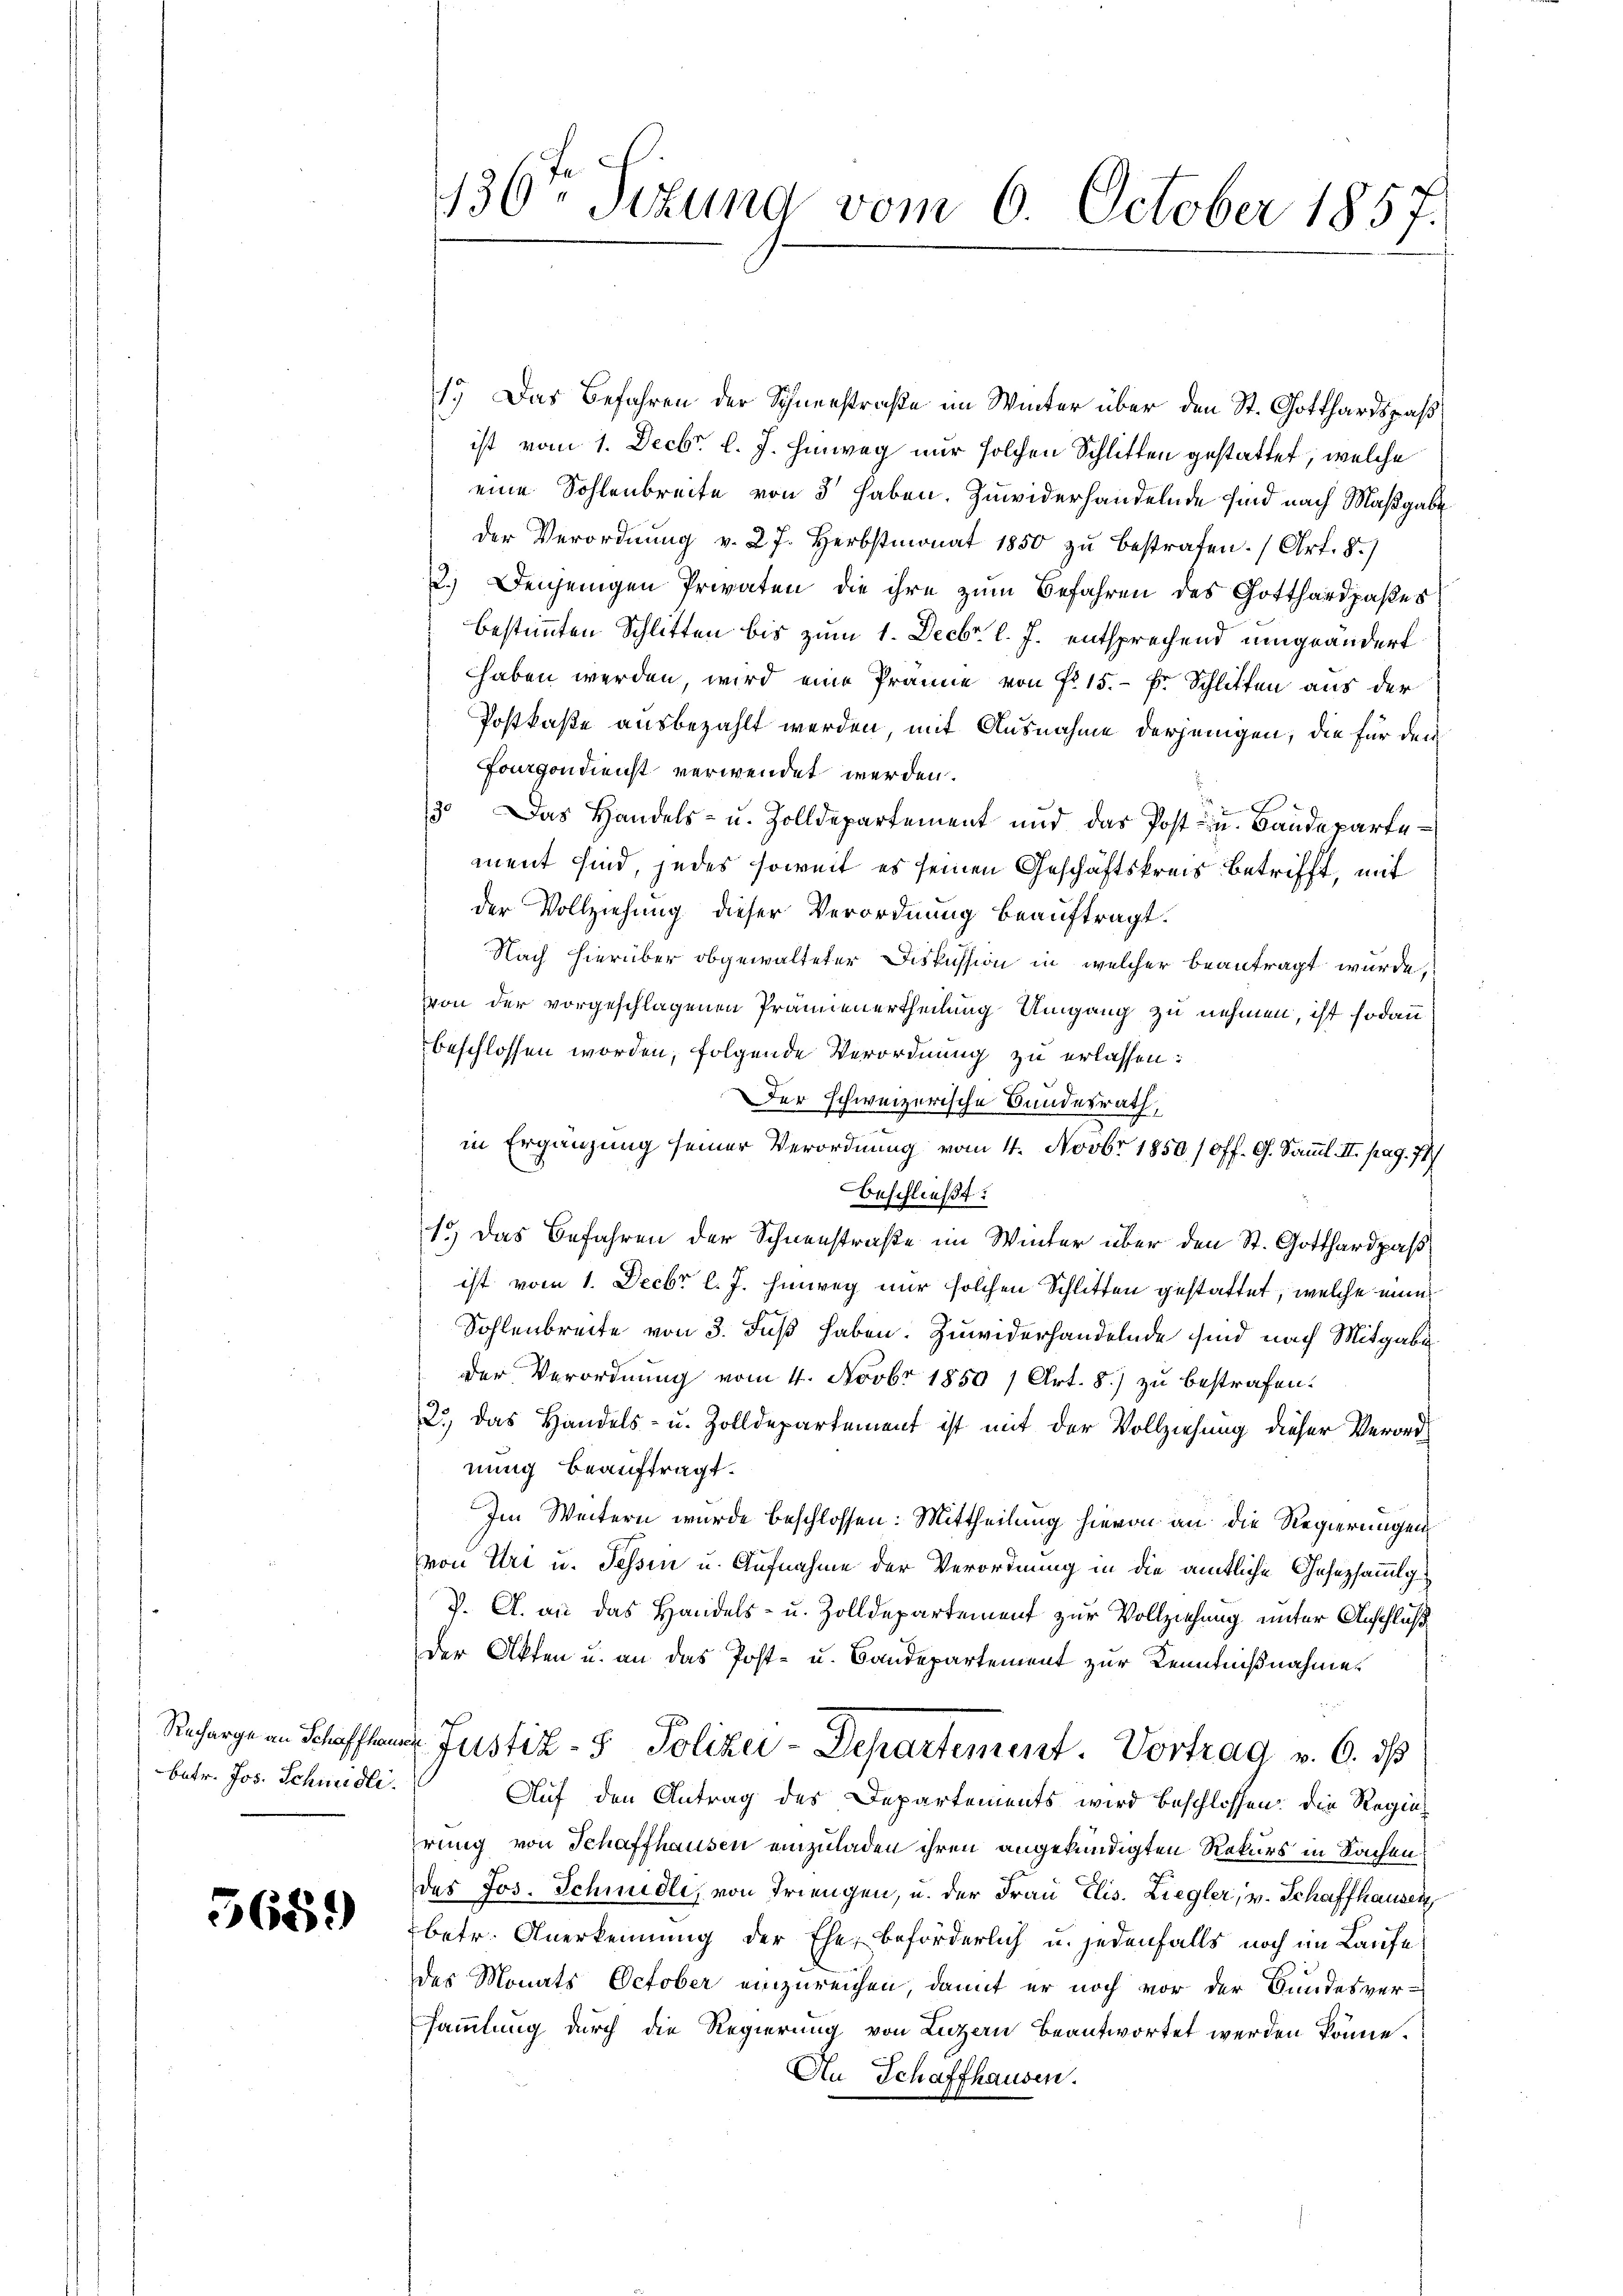
Recharge an Schaffhaus
betr. Jos. Schmidli

5659)

136ten Sizung vom 6. October 1857.

1.) Das Befahren der Schneestraße im Winter über den St. Gotthardspaß
ist vom 1. Decbr. l. J. Hinweg nur solchen Schlitten gestattet, welche
eine Sohlenbreite von 3 haben. Zuwiderhandelnde sind nach Maßgabe
der Verordnung v. 27. Herbstmonat 1850 zu bestrafen. (Art. 5.)
2.) Denjenigen Privaten die ihre zum Befahren des Gotthardpaßes
bestimmten Schlitten bis zum 1. Decbr. l. J. entsprechend umgeändert
haben werden wird eine Prämie von Nr. 15. - Fr. Schlitten aus der
Postkaste ausbezahlt werden, mit Ausnahme derjenigen, die für den
Fogondienst verwendet werden.
13. Das Handels- u. Zolldepartement und das Post in Baudepartement sind, jedes soweit es seinen Geschäftskreis betrifft, mit
der Vollziehung dieser Verordnung beauftragt.
Nach hierüber obgewalteter Diskussion in welcher beantragt wurde,
von der vorgeschlagenen Prämienertheilung Umgang zu nehmen, ist sodann
beschlossen worden, folgende Verordnung zu erlassen:
Der schweizerische Bundesrath,
in Ergänzung seiner Verordnung vom 4. Novbr 1850 (Off. G. Samml. II. pag. 77)
beschließt:
1.) Das Befahren der Schneestraße im Winter über den St. Gotthardpaß
ist vom 1. Decbr l. J. hinweg nur solchen Schlitten gestattet, welche nun
Sohlenbreite von 3. Fuß haben. Zuwiderhandelnde sind nach Mitgabe
der Verordnung vom 4. Novbr 1850 / Art. 8) zu bestrafen.
2., das Handels- u. Zolldepartement ist mit der Vollziehung dieser Verordnung beauftragt.
Im Weitern wurde beschlossen: Mittheilung hievon an die Regierungen
von Uri u. Tessin u. Aufnahme der Verordnung in die amtliche Gesetzsammlg
V. A. an das Handels- u. Zolldepartement zur Vollziehung unter Anschluß
Der Akten u. an das Post- u. Bandepartement zur Kenntnißnahme
 Justiz- & Polizei-Departement. Vortrag v. 6. ds
Auf den Antrag des Departements wird beschlossen: die Regierrung von Schaffhausen einzuladen ihren angekündigten Rekurs in Sachen
des Jos. Schmidli, von Triengen, u. der Frau Elis. Liegler, u. Schaffhausen,
betr. Anerkennung der Ehe, beförderlich u. jedenfalls noch im Laufe
des Monats October einzureichen, damit er noch vor der Bundesver-
sammlung durch die Regierung von Luzern beantwortet werden könne.
An Schaffhausen.